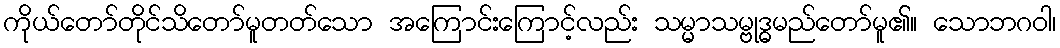
ကိုယ်တော်တိုင်သိတော်မူတတ်သော အကြောင်းကြောင့်လည်း သမ္မာသမ္ဗုဒ္ဓမည်တော်မူ၏။ သောဘဂဝါ၊